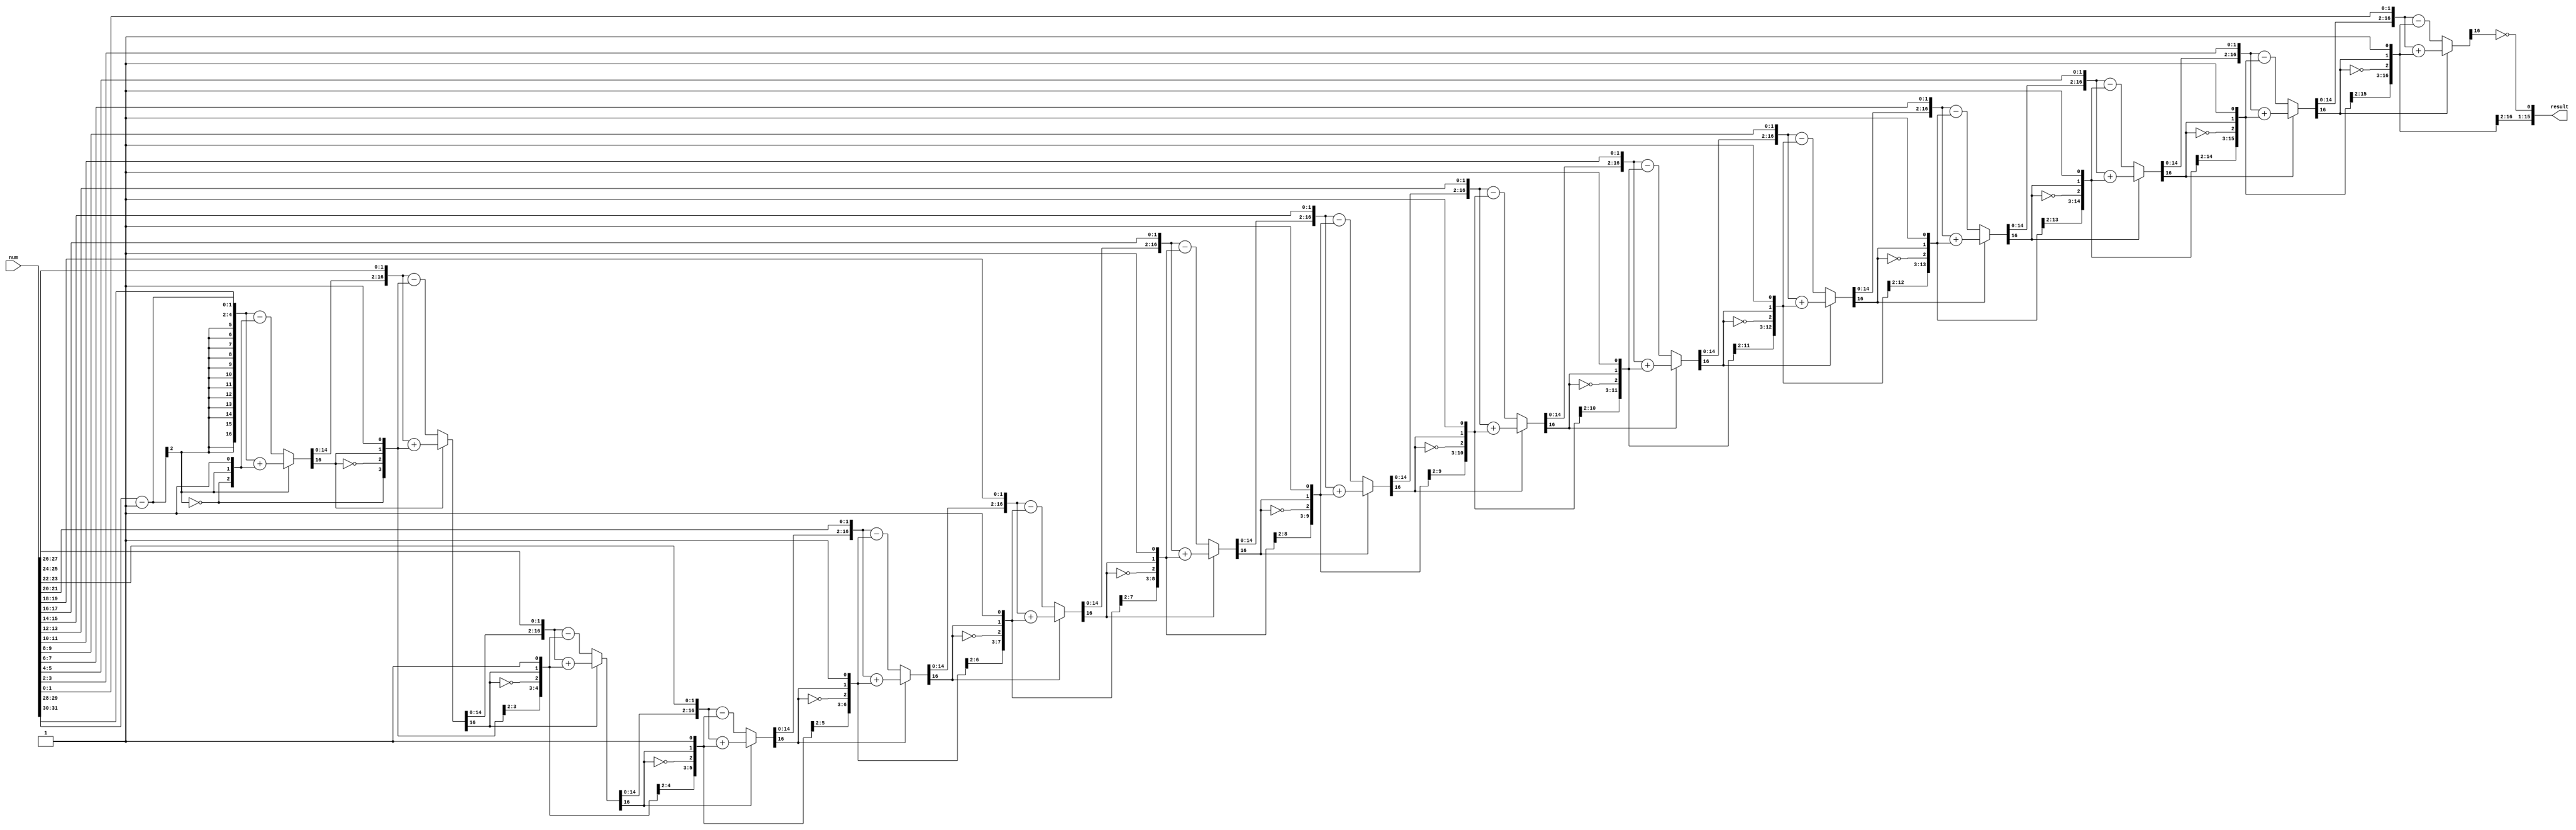
module sqrt_combinatorial #(
   // Parameter N must be an even number
   parameter integer N = 32
) (
   input  wire [N-1:0] num,
   output wire [N/2-1:0] result
);

  reg [N-1:0] a [N/2:0];
  reg [N/2-1:0] q [N/2:0];
  reg [N/2:0] left [N/2-1:0];
  reg [N/2:0] right [N/2-1:0];
  reg [N/2:0] r [N/2:0];

  integer i;

  always @* begin
     // Initialize all variables
     a[0] = num;
     q[0] = 0;
     r[0] = 0;

     for (i = 0; i < N / 2; i = i + 1) begin
        right[i] = {q[i], r[i][N/2], 1'b1};
        left[i]  = {r[i][N/2-1:0], a[i][N-1:N-2]};
        a[i+1]   = {a[i][N-3:0], 2'b00};

        if (r[i][N/2] == 1) begin
           r[i+1] = left[i] + right[i];
        end else begin
           r[i+1] = left[i] - right[i];
        end

        q[i+1] = {q[i][N/2-2:0], !r[i+1][N/2]};
     end
  end

  assign result = q[N/2];

  //-----------------------------
  // For simulation only
  //-----------------------------
  initial begin
     $dumpfile("sqrt_combinatorial.vcd");
     $dumpvars(0, sqrt_combinatorial);
  end

endmodule